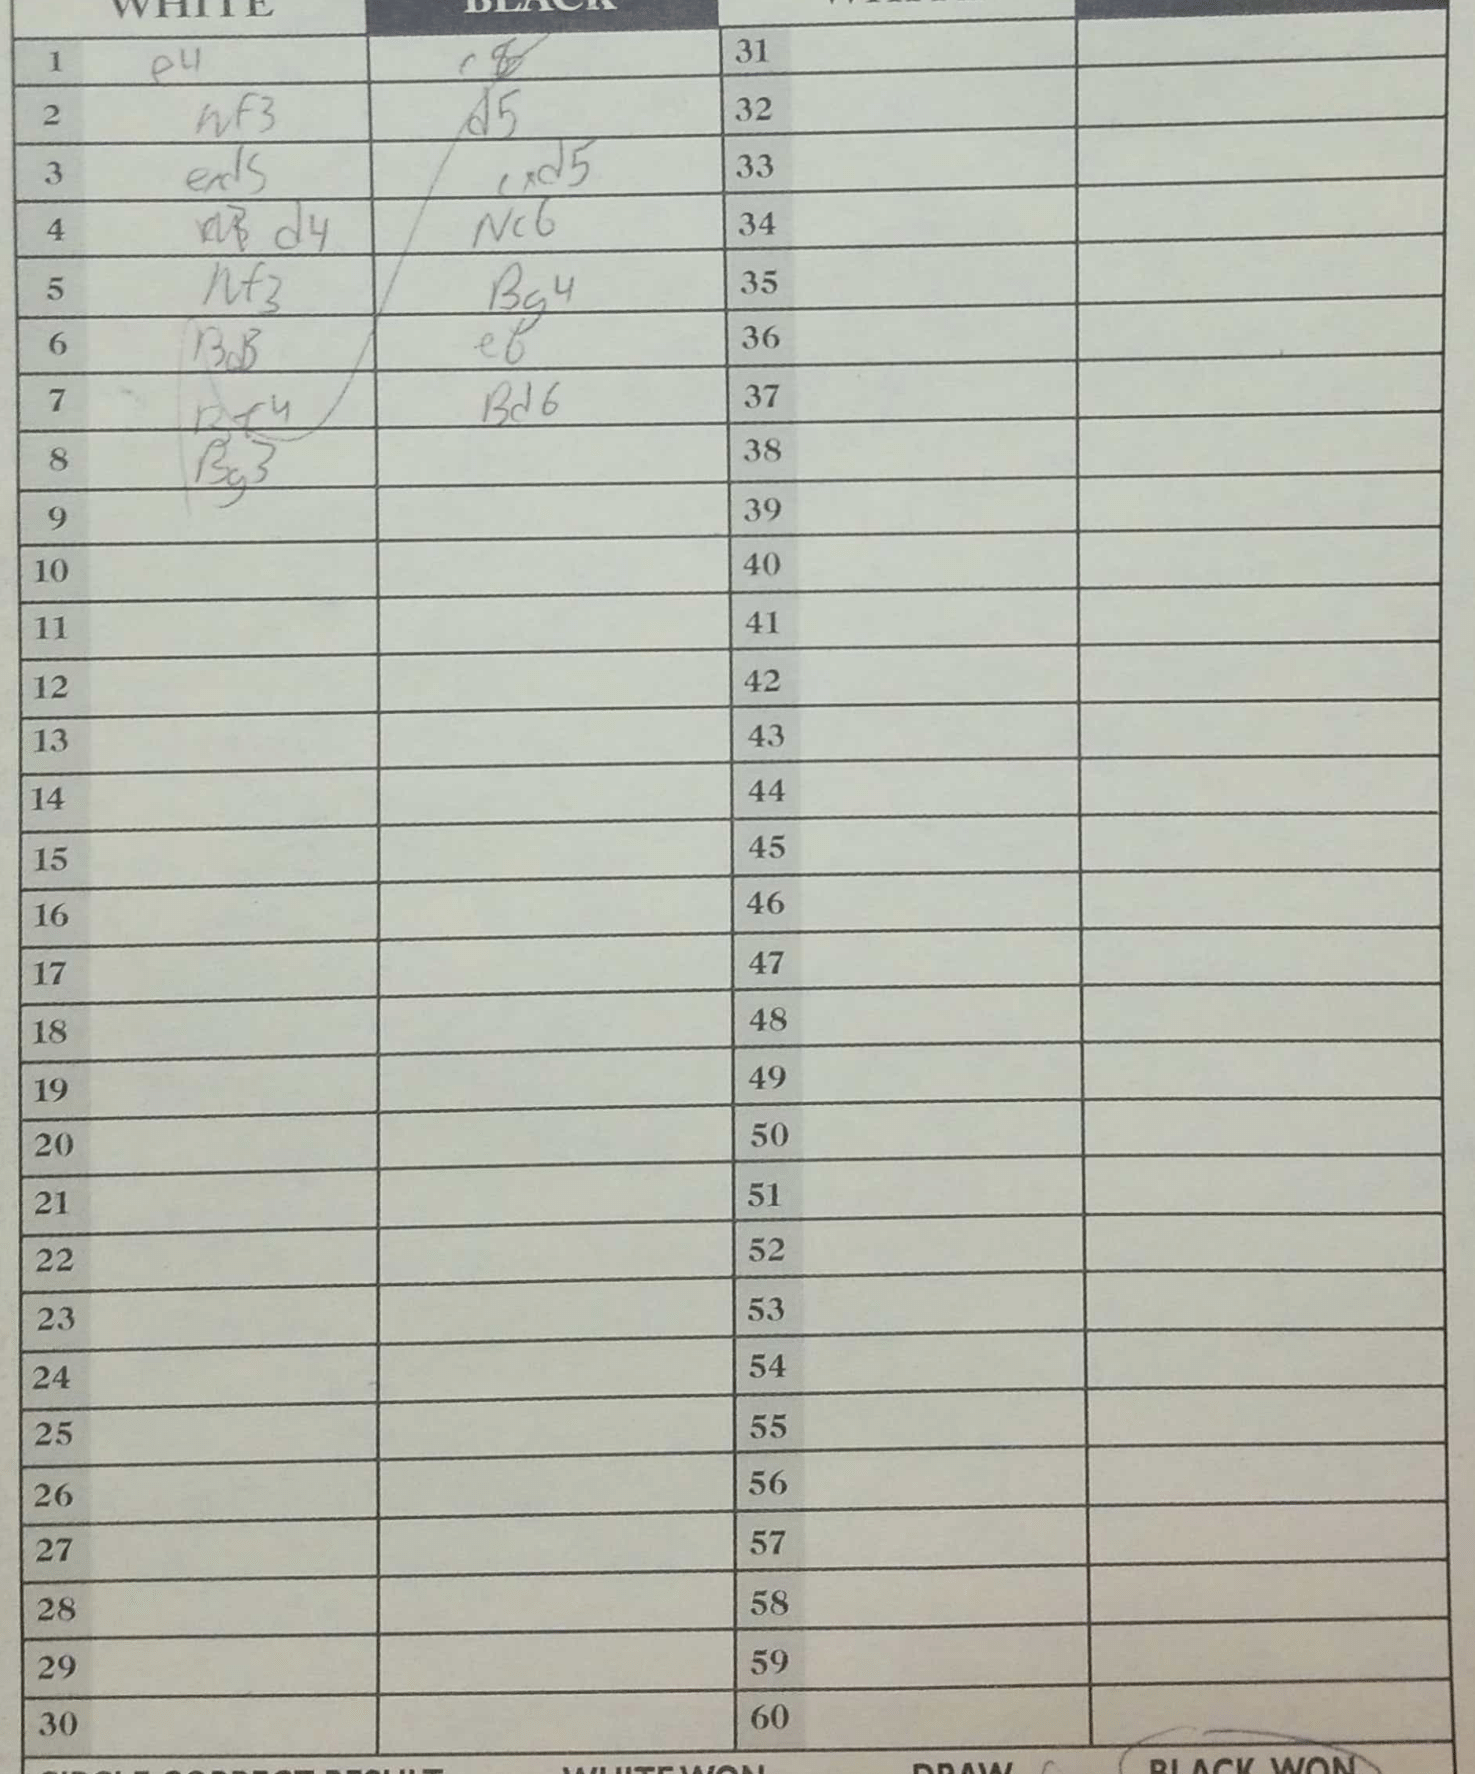
Moves: e4 c8 Nf3 d5 exd5 cxd5 d4 Nc6 Nf3 Bg4 Bd3 e6 Be4 Bd6 Bg3